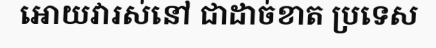
អោយវារស់នៅ ជាដាច់ខាត ប្រទេស